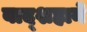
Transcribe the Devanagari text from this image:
बाद्शहाने